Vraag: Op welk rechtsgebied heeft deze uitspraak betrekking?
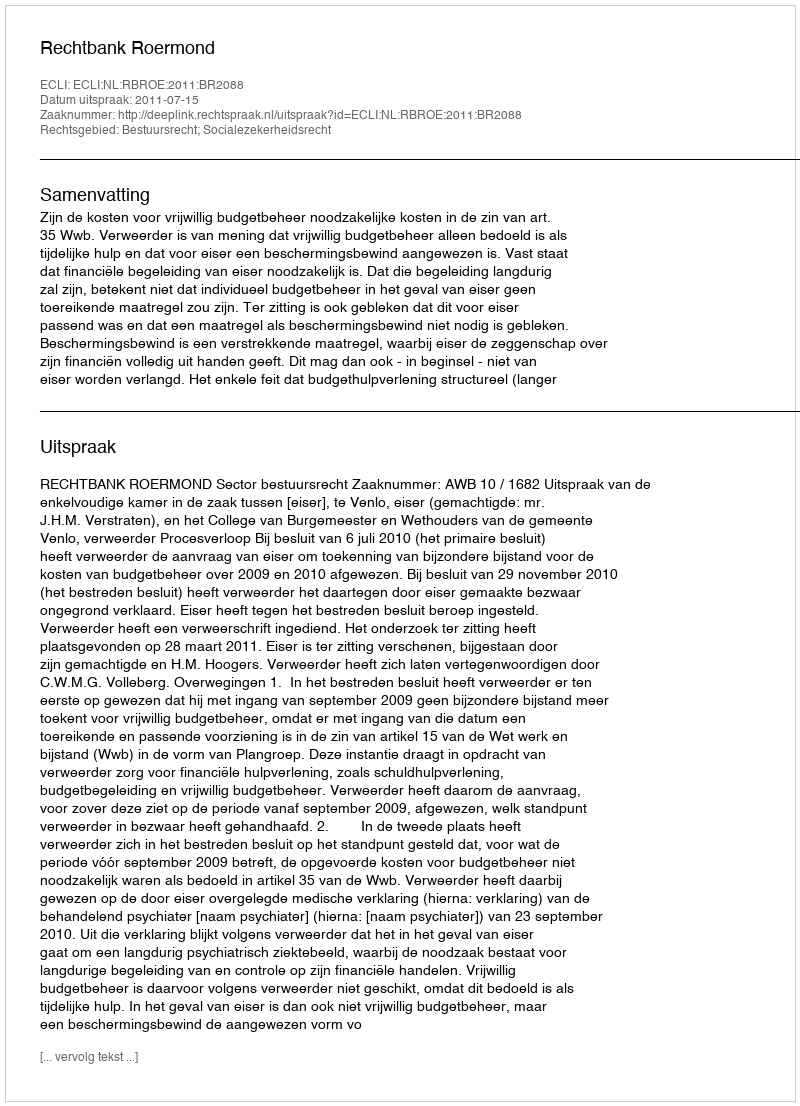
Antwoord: Bestuursrecht; Socialezekerheidsrecht